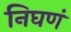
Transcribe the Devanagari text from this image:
निघणं